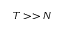
T > > N